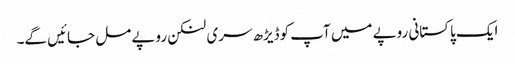
ایک پاکستانی روپے میں آپ کوڈیڑھ سری لنکن روپے مل جائیں گے۔